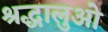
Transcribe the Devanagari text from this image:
श्रद्धालुओ